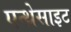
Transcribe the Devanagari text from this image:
एन्थ्रेसाइट